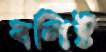
বলিষ্ট